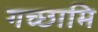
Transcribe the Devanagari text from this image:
गच्छामि